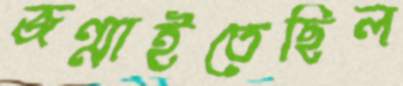
জন্মাইতেছিল